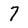
Character: 7